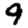
Digit: 9